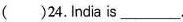
( )24. India is ___.